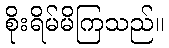
စိုးရိမ်မိကြသည်။